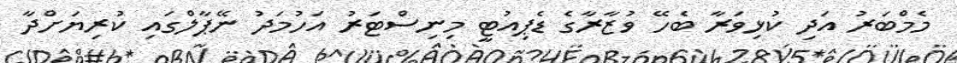
މެމްބަރު އަދި ކުޅިވަރާ ބެހޭ ވުޒާރާގެ ޑެޕިއުޓީ މިނިސްޓަރު އަހުމަދު ނޭޕާލްގައި ކުރިޔަށްދާ